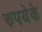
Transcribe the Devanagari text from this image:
रुपयेके